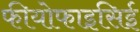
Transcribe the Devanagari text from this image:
फीयोफाइसिई